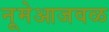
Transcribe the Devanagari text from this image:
नूमेआजवळ